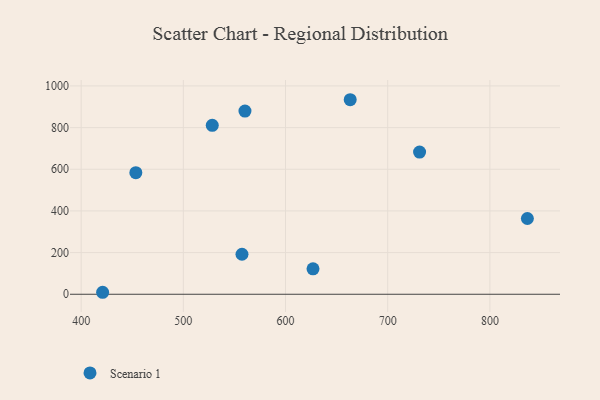
{"axis": {"x": "Study Hours", "y": "Fuel Efficiency"}, "legend": ["Scenario 1"], "data": [{"x": "557.4", "y": 192.0, "type": "Scenario 1"}, {"x": "836.7", "y": 363.7, "type": "Scenario 1"}, {"x": "528.3", "y": 811.1, "type": "Scenario 1"}, {"x": "663.3", "y": 933.8, "type": "Scenario 1"}, {"x": "560.3", "y": 879.2, "type": "Scenario 1"}, {"x": "453.5", "y": 583.4, "type": "Scenario 1"}, {"x": "626.9", "y": 122.3, "type": "Scenario 1"}, {"x": "421.0", "y": 9.5, "type": "Scenario 1"}, {"x": "731.2", "y": 682.7, "type": "Scenario 1"}]}